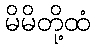
မိမိတို့ထံ